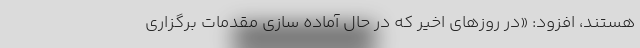
هستند، افزود: «در روزهای اخیر که در حال آماده سازی مقدمات برگزاری